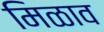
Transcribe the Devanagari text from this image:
मिळाव